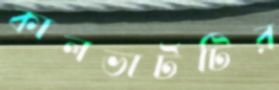
কালভার্টটির